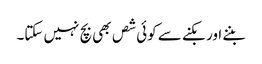
بننے اور بکنے سے کوئی شص بھی بچ نہیں سکتا۔